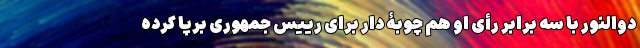
دوالنور با سه برابر رأی او هم چوبۀ دار برای رییس جمهوری برپا کرده